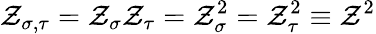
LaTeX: \mathcal{Z}_{\sigma,\tau}=\mathcal{Z}_{\sigma}\mathcal{Z}_{\tau}=\mathcal{Z}_{\sigma}^{2}=\mathcal{Z}_{\tau}^{2}\equiv\mathcal{Z}^{2}